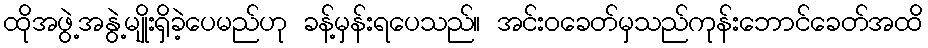
ထိုအဖွဲ့အနွဲ့မျိုးရှိခဲ့ပေမည်ဟု ခန့်မှန်းရပေသည်။ အင်းဝခေတ်မှသည်ကုန်းဘောင်ခေတ်အထိ